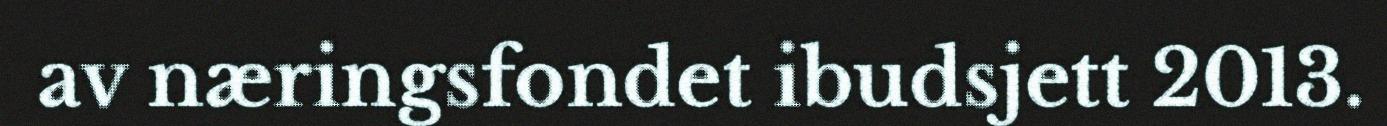
av næringsfondet ibudsjett 2013.